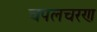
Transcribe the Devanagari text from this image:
चपलचरण